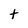
Character: t